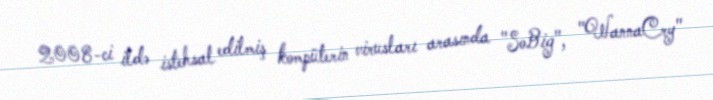
2008-ci ildə istehsal edilmiş kompüterin virusları arasında "SoBig", "WannaCry"